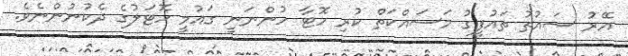
އޭރު ސައުތު ތައުފީގު މަސައްކަތް ކުރި ހޮޓާ ހުންނަނީ ގައުމީ ހޮޓަލުގެ ދެކުނުންނެވެ.